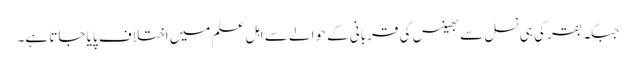
جبکہ بقر کی ہی نسل سے بھینس کی قربانی کے حوالے سے اہل علم میں اختلاف پایا جاتا ہے۔